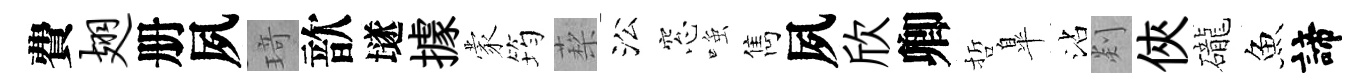
費翅册夙𤦺歆𡑞據蒙筠蔾㳂窓𫪻雋夙欣卿哲臯沾剡俠礲魚諦